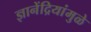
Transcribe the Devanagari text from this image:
ज्ञानेंद्रियांमुळे